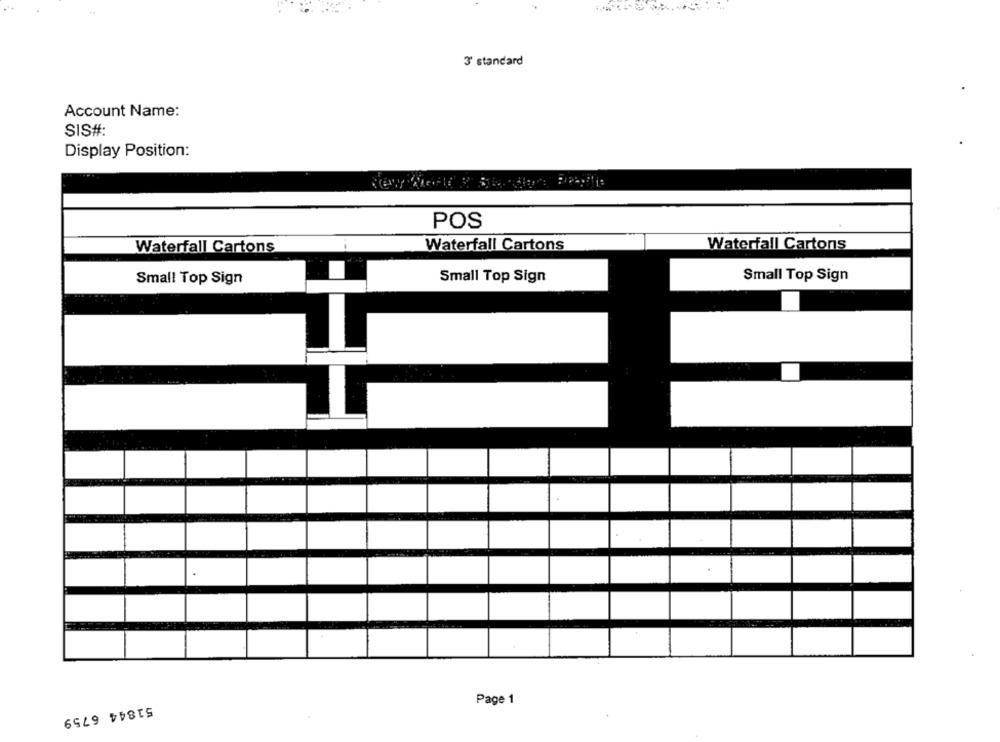
3' standard
Account Name:
SIS#:
Display Position:
POS
Waterfall Cartons
Waterfall Cartons
Waterfall Cartons
Small Top Sign
Small Top Sign
Small Top Sign
Page 1
51844 6759